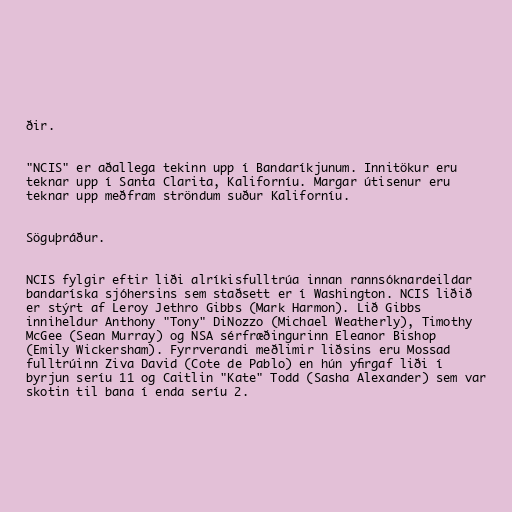
ðir.

"NCIS" er aðallega tekinn upp í Bandaríkjunum. Innitökur eru
teknar upp í Santa Clarita, Kaliforníu. Margar útisenur eru
teknar upp meðfram ströndum suður Kaliforníu.

Söguþráður.

NCIS fylgir eftir liði alríkisfulltrúa innan rannsóknardeildar
bandaríska sjóhersins sem staðsett er í Washington. NCIS liðið
er stýrt af Leroy Jethro Gibbs (Mark Harmon). Lið Gibbs
inniheldur Anthony "Tony" DiNozzo (Michael Weatherly), Timothy
McGee (Sean Murray) og NSA sérfræðingurinn Eleanor Bishop
(Emily Wickersham). Fyrrverandi meðlimir liðsins eru Mossad
fulltrúinn Ziva David (Cote de Pablo) en hún yfirgaf liði í
byrjun seríu 11 og Caitlin "Kate" Todd (Sasha Alexander) sem var
skotin til bana í enda seríu 2.